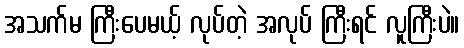
အသက်မ ကြီးပေမယ့် လုပ်တဲ့ အလုပ် ကြီးရင် လူကြီးပဲ။